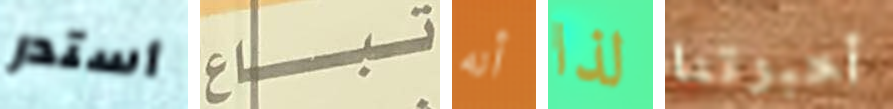
أستدر تباع أنه لذا أخبرتنا